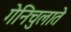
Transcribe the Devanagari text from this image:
गेनिचुलाते